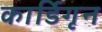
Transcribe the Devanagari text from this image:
कार्डिगृन